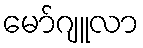
မော်ဂျူလာ